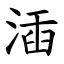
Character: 㴙